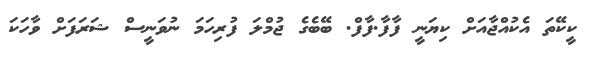
ކީކޭތަ އެކުއްޖާއަށް ކިޔަނީ ފާފާ.ފާފް. ބޭބެގެ ޖުމްލަ ފުރިހަމަ ނުވަނީސް ޝަރަފަށް ވާހަކަ